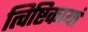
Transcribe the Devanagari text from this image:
त्विष्टिकायां